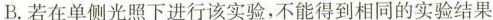
B.若在单侧光照下进行该实验，不能得到相同的实验结果